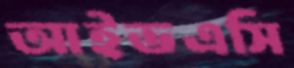
আইভএসি